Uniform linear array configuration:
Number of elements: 8
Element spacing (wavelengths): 0.5
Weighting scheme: uniform
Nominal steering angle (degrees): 45
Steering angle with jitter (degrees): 44.955
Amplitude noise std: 0.05
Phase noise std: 0.05

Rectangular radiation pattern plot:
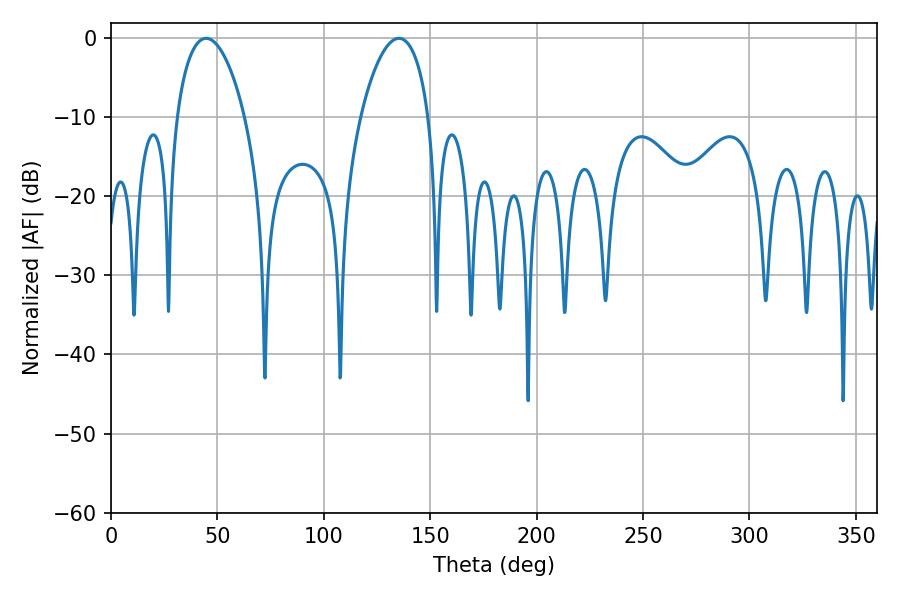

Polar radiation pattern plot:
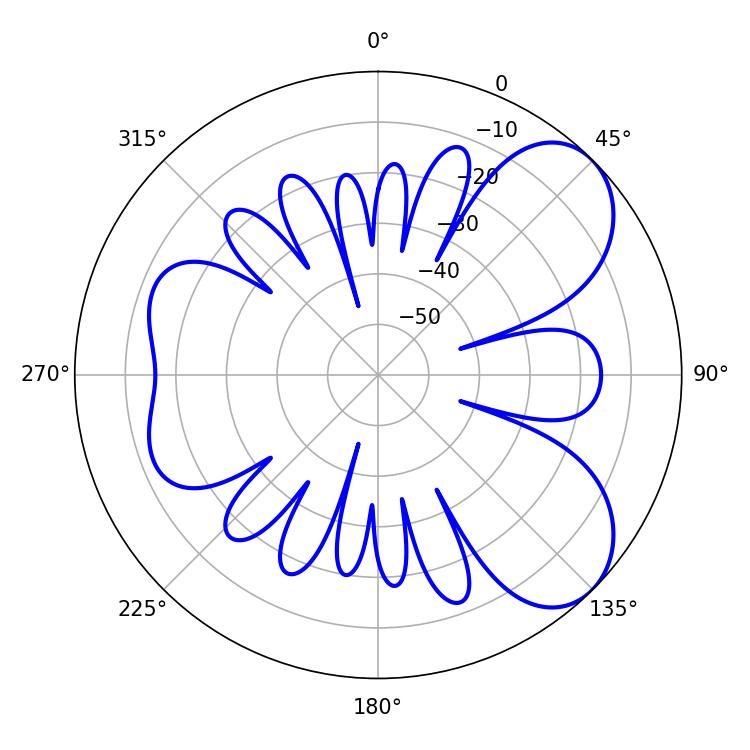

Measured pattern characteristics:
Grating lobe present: FALSE
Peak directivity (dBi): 6.628
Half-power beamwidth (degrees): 18.18
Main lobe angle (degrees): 44.64